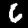
Digit: 6